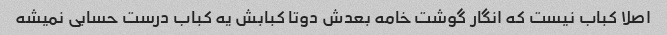
اصلا کباب نیست که انگار گوشت خامه بعدش دوتا کبابش یه کباب درست حسابی نمیشه